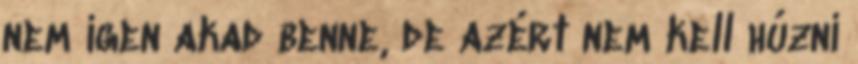
nem igen akad benne, de azért nem kell húzni